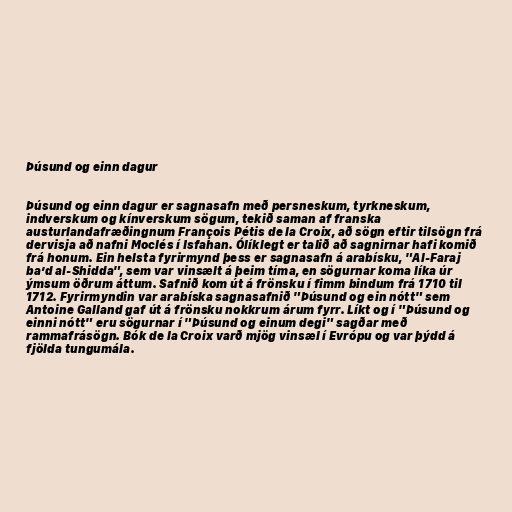
Þúsund og einn dagur

Þúsund og einn dagur er sagnasafn með persneskum, tyrkneskum,
indverskum og kínverskum sögum, tekið saman af franska
austurlandafræðingnum François Pétis de la Croix, að sögn eftir tilsögn frá
dervisja að nafni Moclés í Isfahan. Ólíklegt er talið að sagnirnar hafi komið
frá honum. Ein helsta fyrirmynd þess er sagnasafn á arabísku, "Al-Faraj
ba’d al-Shidda", sem var vinsælt á þeim tíma, en sögurnar koma líka úr
ýmsum öðrum áttum. Safnið kom út á frönsku í fimm bindum frá 1710 til
1712. Fyrirmyndin var arabíska sagnasafnið "Þúsund og ein nótt" sem
Antoine Galland gaf út á frönsku nokkrum árum fyrr. Líkt og í "Þúsund og
einni nótt" eru sögurnar í "Þúsund og einum degi" sagðar með
rammafrásögn. Bók de la Croix varð mjög vinsæl í Evrópu og var þýdd á
fjölda tungumála.